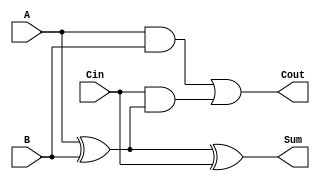
module LowPowerFullAdder (
    input wire A,      // First input bit
    input wire B,      // Second input bit
    input wire Cin,    // Carry-in bit
    output wire Sum,   // Resulting sum bit
    output wire Cout   // Carry-out bit
);

// Internal signals for intermediate calculations
wire AxorB;        // A XOR B
wire AandB;        // A AND B
wire CinandAxorB;  // Cin AND (A XOR B)

// Compute A XOR B
assign AxorB = A ^ B;

// Compute Sum = A XOR B XOR Cin
assign Sum = AxorB ^ Cin;

// Compute A AND B
assign AandB = A & B;

// Compute Cout = (A AND B) OR (Cin AND (A XOR B))
assign CinandAxorB = Cin & AxorB;
assign Cout = AandB | CinandAxorB;

endmodule